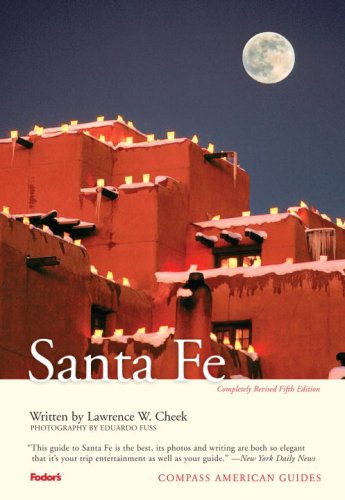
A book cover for Compass American Guides: Santa Fe, 5th Edition (Full-color Travel Guide); Fodor's; Travel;